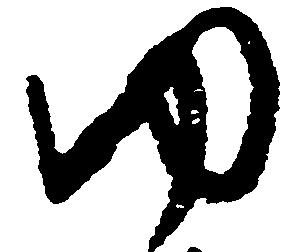
ゆ